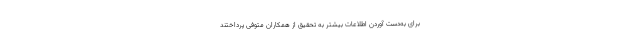
برای به‌دست آوردن اطلاعات بیشتر به تحقیق از همکاران متوفی پرداختند